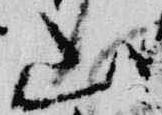
山